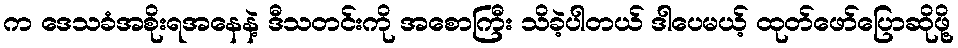
က ဒေသခံအစိုးရအနေနဲ့ ဒီသတင်းကို အစောကြီး သိခဲ့ပါတယ် ဒါပေမယ့် ထုတ်ဖော်ပြောဆိုဖို့